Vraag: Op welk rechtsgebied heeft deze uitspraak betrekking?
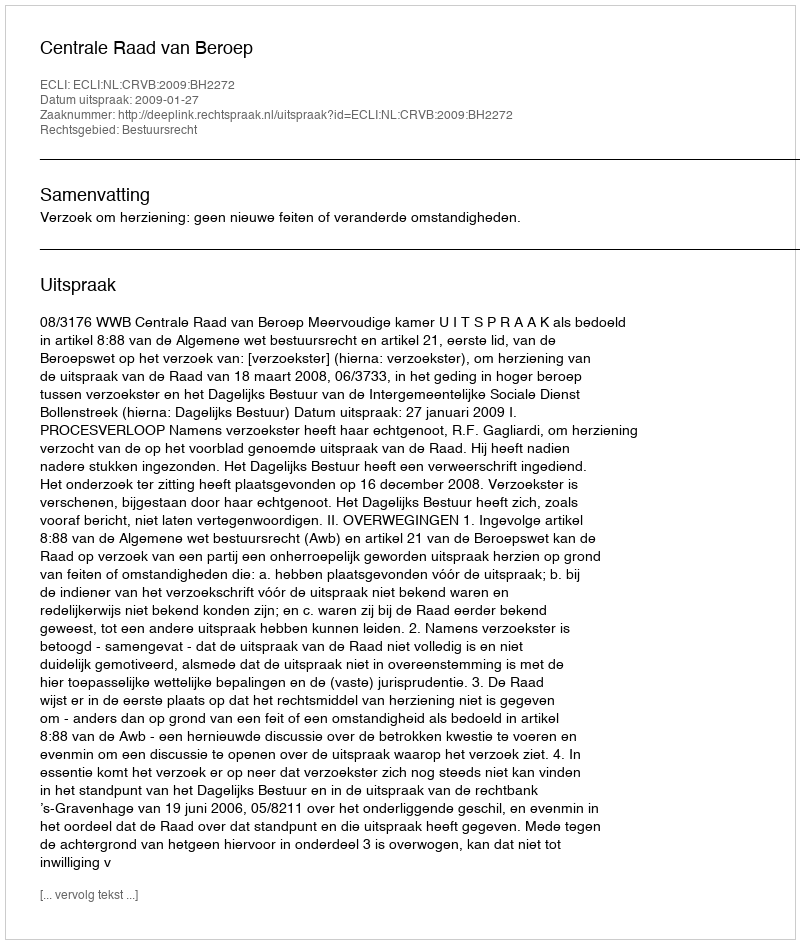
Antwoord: Bestuursrecht